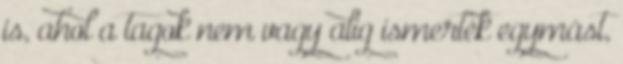
is, ahol a tagok nem vagy alig ismerték egymást,